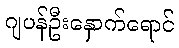
ဂျပန်ဦးနှောက်ရောင်